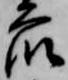
衆